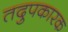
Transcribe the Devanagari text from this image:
तदुपकारक